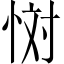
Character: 𢙪